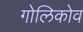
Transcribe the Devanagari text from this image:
गोलिकोव